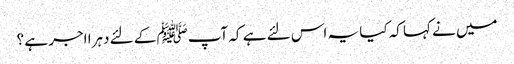
میں نے کہا کہ کیا یہ اس لئے ہے کہ آپﷺ کے لئے دہرا اجر ہے ؟